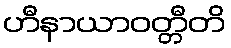
ဟီနာယာဝတ္တီတိ